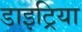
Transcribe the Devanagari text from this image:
डाइट्रिया